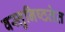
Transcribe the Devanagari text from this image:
वस्तुनिष्ठतेत